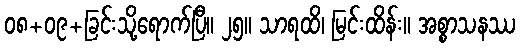
၀၈+၀၉+ခြင်းသို့ရောက်ပြီ။ ၂၅။ သာရထိ၊ မြင်းထိန်း။ အစ္စာသနဿ